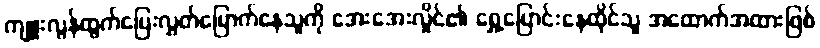
ကျူးလွန်ထွက်ပြေးလွှတ်မြောက်နေသူကို အေးအေးလှိုင်၏ ရွှေ့ပြောင်းနေထိုင်သူ အထောက်အထားဖြစ်